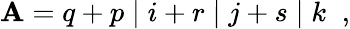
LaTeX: {\cal\mathbf{A}}=q+p\; \vert\; i+r\; \vert\; j+s\; \vert\; k\; \; ,